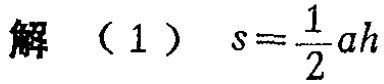
解（1）\(s = \frac{1}{2}ah\)